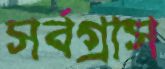
সর্বগ্রাস